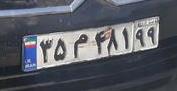
۳۵م۴۸۱۹۹